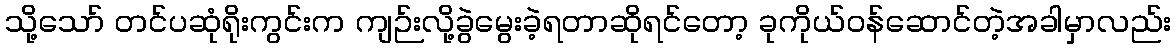
သို့သော် တင်ပဆုံရိုးကွင်းက ကျဉ်းလို့ခွဲမွေးခဲ့ရတာဆိုရင်တော့ ခုကိုယ်ဝန်ဆောင်တဲ့အခါမှာလည်း